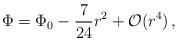
LaTeX: \begin{align*}\Phi = \Phi_0 -\frac{7}{24}r^2 + {\cal O}(r^4)\,,\end{align*}